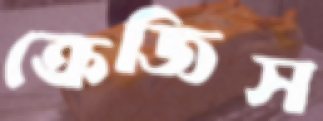
ক্রেজিস